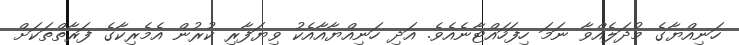
ހަނިއްޔާގެ މުދަލެއްވާ ނަމަ ހިފަހައްޓާނެއެވެ. އަދި ހަނިއްޔާއާއެކު ވިޔަފާރި ކުރުން އެމެރިކާގެ ފަރާތްތަކަށް